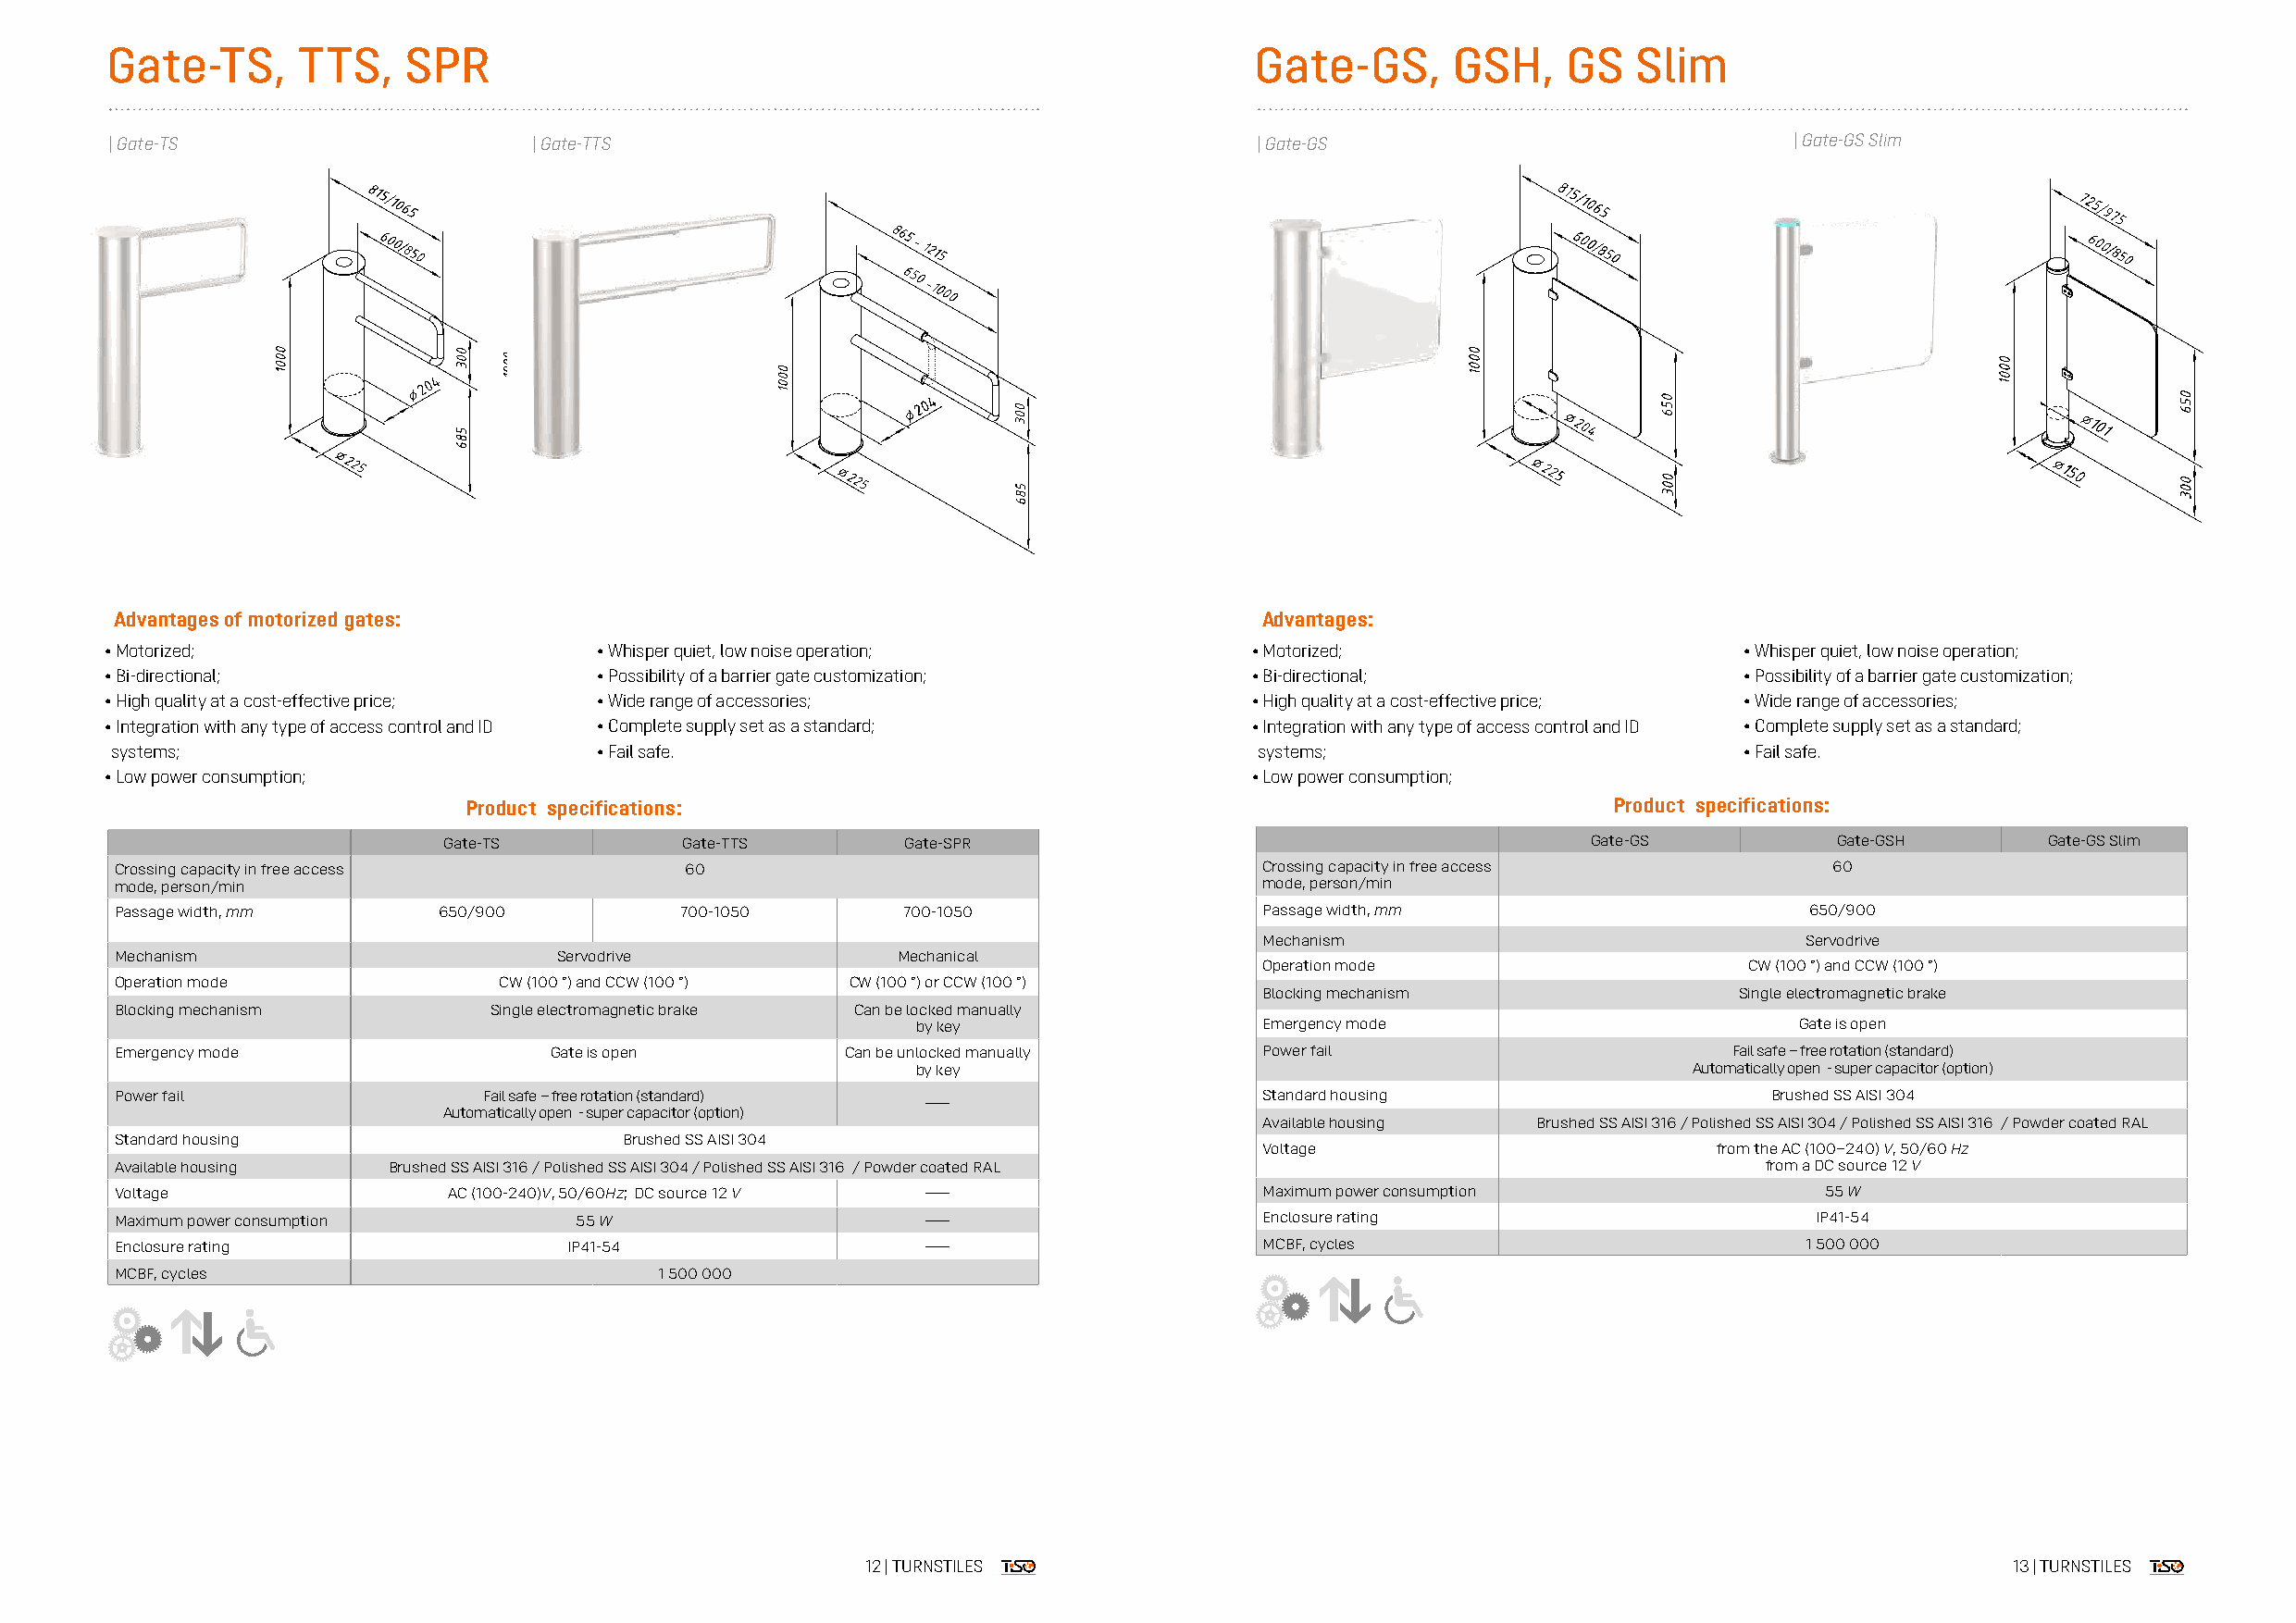
Gate-TS,     TTS,    SPR                                                          Gate-GS,      GSH,    GS   Slim
 | Gate-TS                     | Gate-TTS                                          | Gate-GS                             | Gate-GS Slim
 Advantages of motorized gates:                                                    Advantages:
 • Motorized;                       • Whisper quiet, low noise operation;          • Motorized;                       • Whisper quiet, low noise operation;
 • Bi-directional;                  • Possibility of a barrier gate customization; • Bi-directional;                  • Possibility of a barrier gate customization;
 • High quality at a cost-effective price; • Wide range of accessories;            • High quality at a cost-effective price; • Wide range of accessories;
 • Integration with any type of access control and ID • Complete supply set as a standard; • Integration with any type of access control and ID • Complete supply set as a standard;
 systems;                           • Fail safe.                                   systems;                           • Fail safe.
 • Low power consumption;                                                          • Low power consumption;
 Product specifications:                                                           Product specifications:
 Gate-TS          Gate-TTS        Gate-SPR                                         Gate-GS          Gate-GSH       Gate-GS Slim
 Crossing capacity in free access         60                                       Crossing capacity in free access         60
 mode, person/min                                                                  mode, person/min
 Passage width, mm      650/900           700-1050        700-1050                 Passage width, mm                      650/900
 Mechanism                              Servodrive
 Mechanism                       Servodrive              Mechanical
 Operation mode                     CW (100 °) and CCW (100 °)
 Operation mode              CW (100 °) and CCW (100 °) CW (100 °) or CCW (100 °)
 Blocking mechanism                Single electromagnetic brake
 Blocking mechanism         Single electromagnetic brake Can be locked manually
 by key                   Emergency mode                         Gate is open
 Emergency mode                 Gate is open         Can be unlocked manually      Power fail                        Fail safe – free rotation (standard)
 by key                                                  Automatically open - super capacitor (option)
 Power fail                 Fail safe – free rotation (standard)                   Standard housing                     Brushed SS AISI 304
 —
 Automatically open - super capacitor (option)
 Available housing   Brushed SS AISI 316 / Polished SS AISI 304 / Polished SS AISI 316 / Powder coated RAL
 Standard housing                     Brushed SS AISI 304
 Voltage                          from the AC (100–240) V, 50/60 Hz
 Available housing   Brushed SS AISI 316 / Polished SS AISI 304 / Polished SS AISI 316 / Powder coated RAL             from a DC source 12 V
 Voltage                 AC (100-240)V, 50/60Hz; DC source 12 V —                  Maximum power consumption                55 W
 Maximum power consumption        55 W                     —                       Enclosure rating                        IP41-54
 Enclosure rating                 IP41-54                  —                       MCBF, cycles                           1 500 000
 MCBF, cycles                           1 500 000
 12 | TURNSTILES                                                                   13 | TURNSTILES